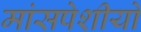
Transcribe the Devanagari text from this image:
मांसपेशीयो